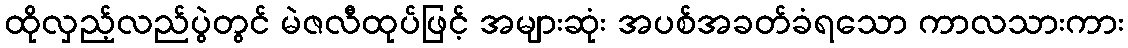
ထိုလှည့်လည်ပွဲတွင် မဲဇလီထုပ်ဖြင့် အများဆုံး အပစ်အခတ်ခံရသော ကာလသားကား